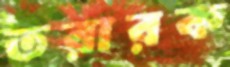
তরারক